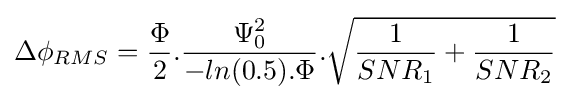
\Delta \phi _{RMS}={\frac {\Phi }{2}}.{\frac {\Psi _{0}^{2}}{-ln(0.5).\Phi }}.{\sqrt {{\frac {1}{SNR_{1}}}+{\frac {1}{SNR_{2}}}}}